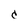
Character: c